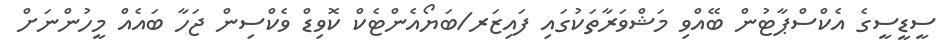
ސީޑީސީގެ އެކްސްޕާޓުން ބޭއްވި މަޝްވަރާތަކުގައި ފައިޒަރ/ބަޔޯއެންޓެކް ކޮވިޑް ވެކްސިން ޖަހާ ބައެއް މީހުންނަށް